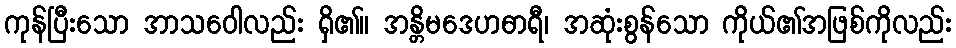
ကုန်ပြီးသော အာသဝေါလည်း ရှိ၏။ အန္တိမဒေဟဓာရီ၊ အဆုံးစွန်သော ကိုယ်၏အဖြစ်ကိုလည်း